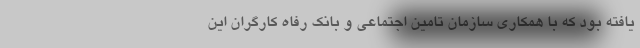
یافته بود که با همکاری سازمان تامین اجتماعی و بانک رفاه کارگران این